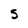
Character: S